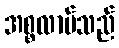
အစ္စလာမ်သည်